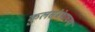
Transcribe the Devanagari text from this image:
कुलसंबंधाच्या